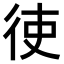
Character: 𫹒